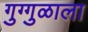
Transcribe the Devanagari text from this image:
गुग्गुळाला